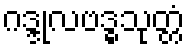
ဂဒ္ဒုလဗဒ္ဓသုတ္တံ